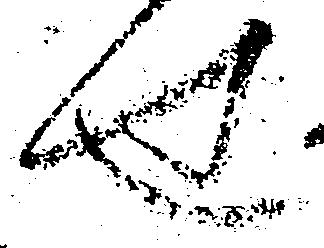
せ